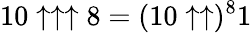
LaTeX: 10\uparrow\uparrow\uparrow 8=(10\uparrow\uparrow)^{8}1